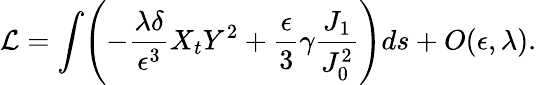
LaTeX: \mathcal{L}=\int\Biggl(-\frac{\lambda\delta}{\epsilon^{3}}X_{t}Y^{2}+\frac{\epsilon}{3}\gamma\frac{J_{1}}{J_{0}^{2}}\Biggr)ds+O(\epsilon,\lambda).